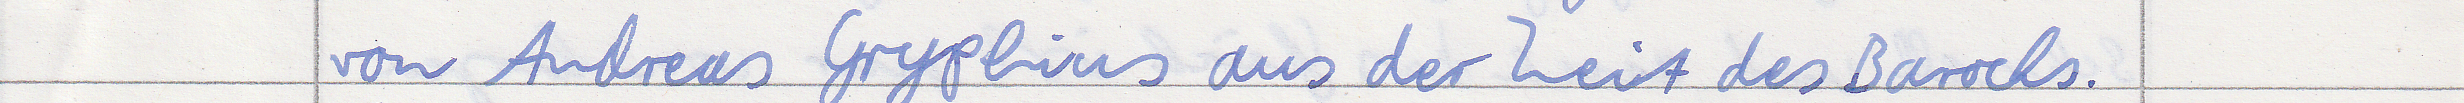
von Andreas Gryphius aus der Zeit des Barocks.